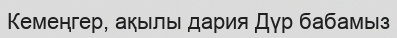
Кемеңгер, ақылы дария Дүр бабамыз